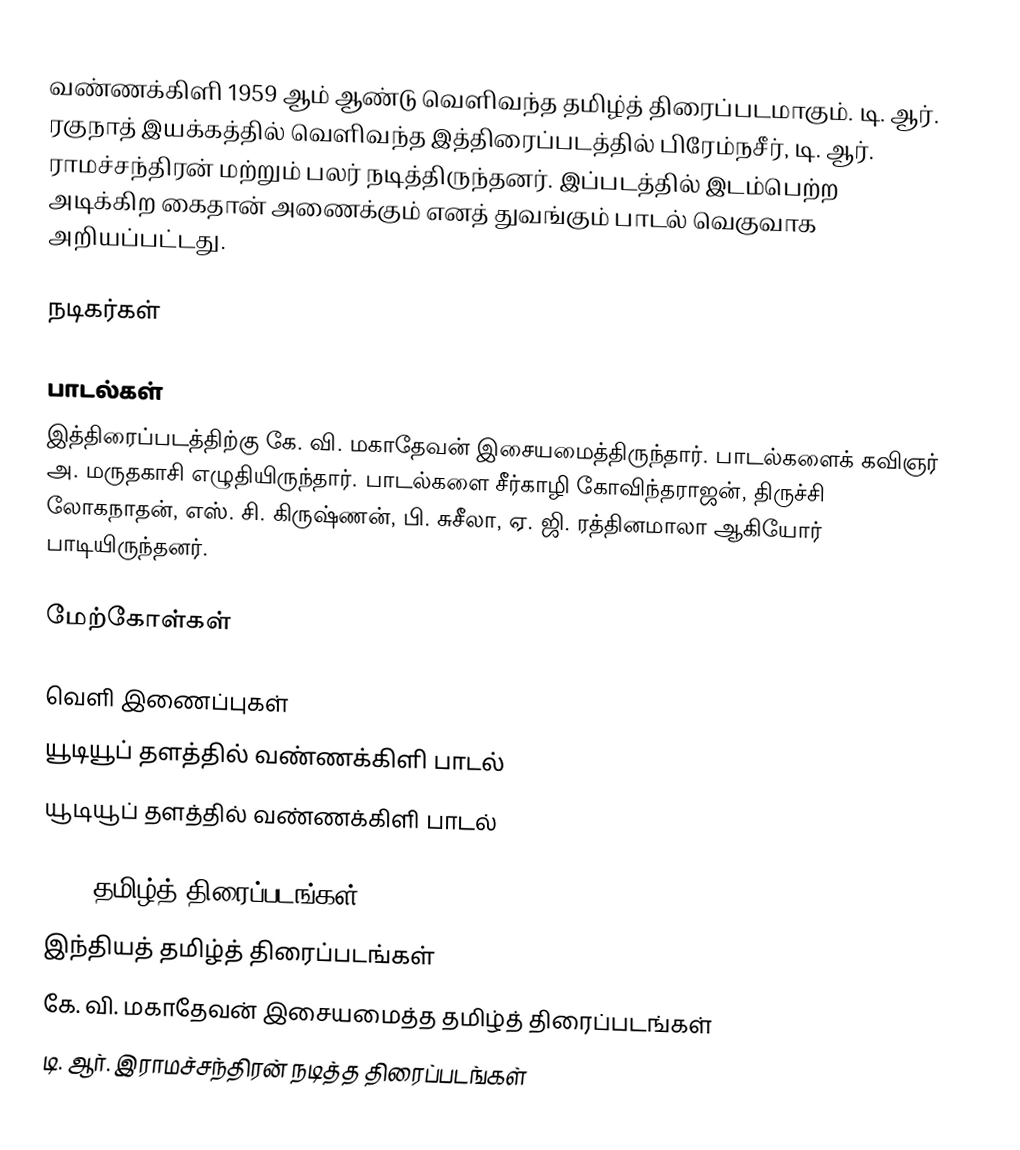
வண்ணக்கிளி 1959 ஆம் ஆண்டு வெளிவந்த தமிழ்த் திரைப்படமாகும். டி. ஆர். ரகுநாத் இயக்கத்தில் வெளிவந்த இத்திரைப்படத்தில் பிரேம்நசீர், டி. ஆர். ராமச்சந்திரன் மற்றும் பலர் நடித்திருந்தனர். இப்படத்தில் இடம்பெற்ற அடிக்கிற கைதான் அணைக்கும் எனத் துவங்கும் பாடல் வெகுவாக அறியப்பட்டது.

நடிகர்கள்

பாடல்கள்
இத்திரைப்படத்திற்கு கே. வி. மகாதேவன் இசையமைத்திருந்தார். பாடல்களைக் கவிஞர் அ. மருதகாசி எழுதியிருந்தார். பாடல்களை சீர்காழி கோவிந்தராஜன், திருச்சி லோகநாதன், எஸ். சி. கிருஷ்ணன், பி. சுசீலா, ஏ. ஜி. ரத்தினமாலா ஆகியோர் பாடியிருந்தனர்.

மேற்கோள்கள்

வெளி இணைப்புகள்
 யூடியூப் தளத்தில் வண்ணக்கிளி பாடல்
 யூடியூப் தளத்தில் வண்ணக்கிளி பாடல்

1959 தமிழ்த் திரைப்படங்கள்
இந்தியத் தமிழ்த் திரைப்படங்கள்
கே. வி. மகாதேவன் இசையமைத்த தமிழ்த் திரைப்படங்கள்
டி. ஆர். இராமச்சந்திரன் நடித்த திரைப்படங்கள்